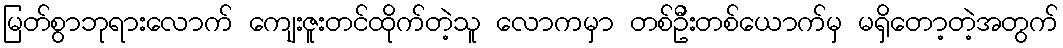
မြတ်စွာဘုရားလောက် ကျေးဇူးတင်ထိုက်တဲ့သူ လောကမှာ တစ်ဦးတစ်ယောက်မှ မရှိတော့တဲ့အတွက်